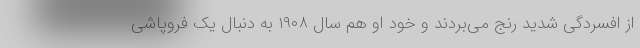
از افسردگی شدید رنج می‌بردند و خود او هم سال ۱۹۰۸ به دنبال یک فروپاشی